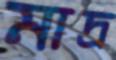
মাদ্র